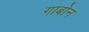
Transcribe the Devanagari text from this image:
गाबोन